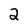
Character: 2